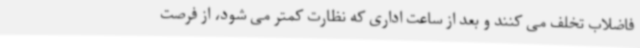
فاضلاب تخلف می کنند و بعد از ساعت اداری که نظارت کمتر می شود، از فرصت